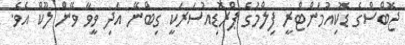
ޖޮބްސްގެ ޑޮކިއުމަންޓްރީ ފިލްމުގެ ޕްރޮޑިއުސަރަކީ ގިބްނޭ އަދި ވީވާ ވޭން ލޫކް އެވެ.